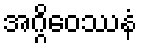
အဂ္ဂိဝေဿနံ